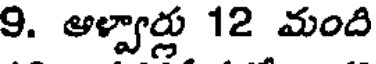
9. ఆల్పార్లు 12 మంది